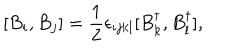
LaTeX: [ B _ { i } , B _ { j } ] = \frac { 1 } { 2 } \epsilon _ { i j k l } [ B _ { k } ^ { \dagger } , B _ { l } ^ { \dagger } ] ,